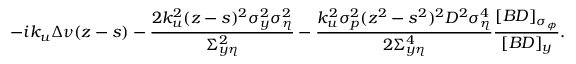
- i k _ { u } \Delta \nu ( z - s ) - \frac { 2 k _ { u } ^ { 2 } ( z - s ) ^ { 2 } \sigma _ { y } ^ { 2 } \sigma _ { \eta } ^ { 2 } } { \Sigma _ { y \eta } ^ { 2 } } - \frac { k _ { u } ^ { 2 } \sigma _ { p } ^ { 2 } ( z ^ { 2 } - s ^ { 2 } ) ^ { 2 } D ^ { 2 } \sigma _ { \eta } ^ { 4 } } { 2 \Sigma _ { y \eta } ^ { 4 } } \frac { [ B D ] _ { \sigma _ { \phi } } } { [ B D ] _ { y } } .